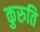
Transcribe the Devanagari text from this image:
कुरुति